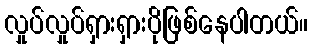
လှုပ်လှုပ်ရှားရှားပိုဖြစ်နေပါတယ်။